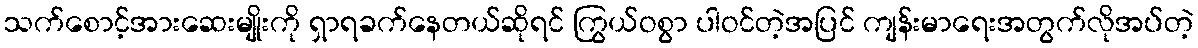
သက်စောင့်အားဆေးမျိုးကို ရှာရခက်နေတယ်ဆိုရင် ကြွယ်ဝစွာ ပါဝင်တဲ့အပြင် ကျန်းမာရေးအတွက်လိုအပ်တဲ့